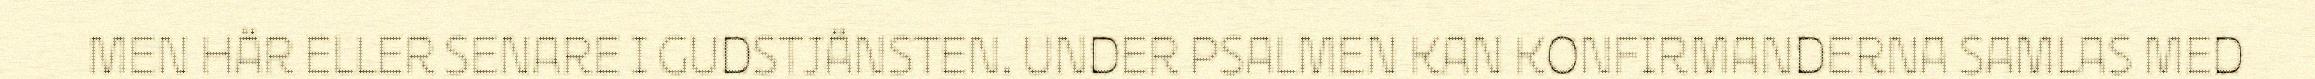
MEN HÄR ELLER SENARE I GUDSTJÄNSTEN. UNDER PSALMEN KAN KONFIRMANDERNA SAMLAS MED